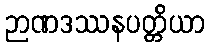
ဉာဏဒဿနပတ္တိယာ